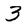
Character: 3